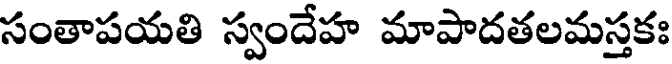
సంతాపయతి స్వందేహ మాపాదతలమస్తకః